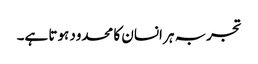
تجربہ ہر انسان کا محدود ہوتا ہے۔